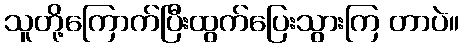
သူတို့ကြောက်ပြီးထွက်ပြေးသွားကြ တာပဲ။